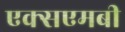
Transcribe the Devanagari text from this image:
एक्सएमबी